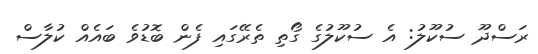
ރަސްދޫ ސުކޫލު: އެ ސުކޫލުގެ ގޯތި ތެރޭގައި ފެން ބޮޑުވެ ބައެއް ކުލާސް